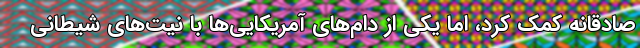
صادقانه کمک کرد، اما یکی از دام‌های آمریکایی‌ها با نیت‌های شیطانی